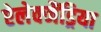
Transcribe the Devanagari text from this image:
ऐलेक्जैंड्रिया